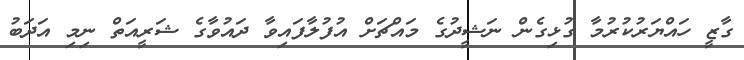
ގާޒީ ހައްޔަރުކުރުމާ ގުޅިގެން ނަޝީދުގެ މައްޗަށް އުފުލާފައިވާ ދައުވާގެ ޝަރީއަތް ނިމި އަދަބު